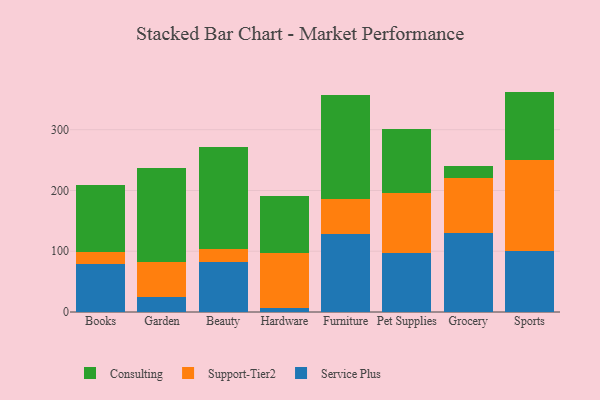
{"axis": {"x": "Category", "y": "Market Share (%)"}, "legend": ["Consulting", "Service Plus", "Support-Tier2"], "data": [{"x": "Books", "y": 79.6, "type": "Service Plus"}, {"x": "Books", "y": 19.5, "type": "Support-Tier2"}, {"x": "Books", "y": 110.0, "type": "Consulting"}, {"x": "Garden", "y": 24.2, "type": "Service Plus"}, {"x": "Garden", "y": 58.0, "type": "Support-Tier2"}, {"x": "Garden", "y": 154.2, "type": "Consulting"}, {"x": "Beauty", "y": 82.8, "type": "Service Plus"}, {"x": "Beauty", "y": 20.9, "type": "Support-Tier2"}, {"x": "Beauty", "y": 168.3, "type": "Consulting"}, {"x": "Hardware", "y": 6.5, "type": "Service Plus"}, {"x": "Hardware", "y": 89.9, "type": "Support-Tier2"}, {"x": "Hardware", "y": 94.2, "type": "Consulting"}, {"x": "Furniture", "y": 128.3, "type": "Service Plus"}, {"x": "Furniture", "y": 58.0, "type": "Support-Tier2"}, {"x": "Furniture", "y": 170.4, "type": "Consulting"}, {"x": "Pet Supplies", "y": 97.7, "type": "Service Plus"}, {"x": "Pet Supplies", "y": 98.0, "type": "Support-Tier2"}, {"x": "Pet Supplies", "y": 105.8, "type": "Consulting"}, {"x": "Grocery", "y": 129.2, "type": "Service Plus"}, {"x": "Grocery", "y": 91.2, "type": "Support-Tier2"}, {"x": "Grocery", "y": 19.8, "type": "Consulting"}, {"x": "Sports", "y": 100.5, "type": "Service Plus"}, {"x": "Sports", "y": 149.7, "type": "Support-Tier2"}, {"x": "Sports", "y": 112.5, "type": "Consulting"}]}